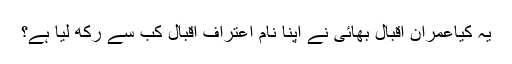
یہ کیاعمران اقبال بھائی نے اپنا نام اعتراف اقبال کب سے رکھ لیا ہے؟